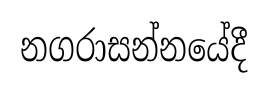
නගරාසන්නයේදී